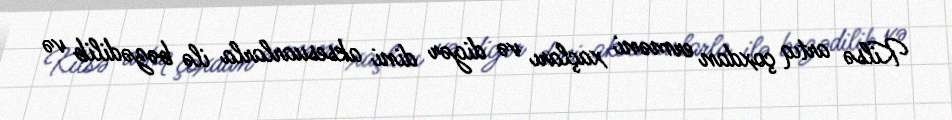
Kilsə artıq çoxdan erməni xaçları və digər dini aksesuarlarla ilə bəzədilib və